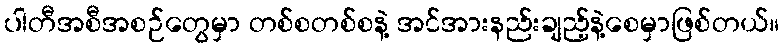
ပါတီအစီအစဉ်တွေမှာ တစ်စတစ်စနဲ့ အင်အားနည်းချည့်နဲ့စေမှာဖြစ်တယ်။